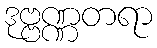
ဒုဗ္ဗဏ္ဏတရာ